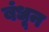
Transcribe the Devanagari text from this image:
बंधून